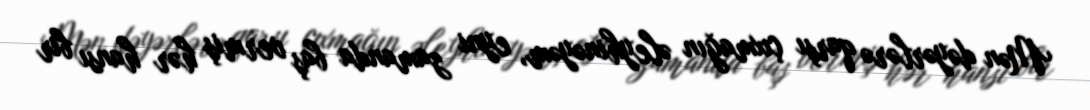
Mən dəyərlərə qarşı çıxmağın əleyhinəyəm, eyni zamanda baş vermiş hər hansı bir